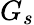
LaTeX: G_{s}